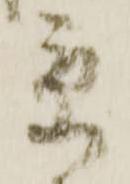
京